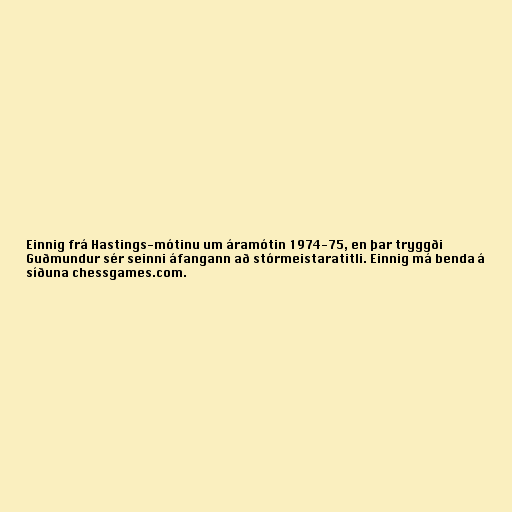
Einnig frá Hastings-mótinu um áramótin 1974-75, en þar tryggði
Guðmundur sér seinni áfangann að stórmeistaratitli. Einnig má benda á
síðuna chessgames.com.